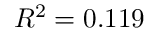
R ^ { 2 } = 0 . 1 1 9